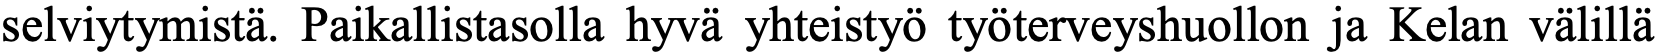
selviytymistä. Paikallistasolla hyvä yhteistyö työterveyshuollon ja Kelan välillä